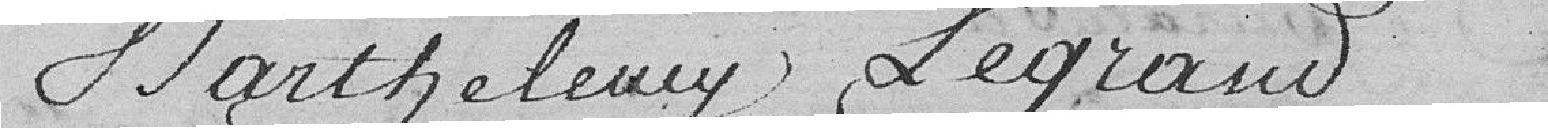
Barthelemy Legrand